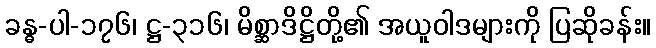
ခန္ဓ-ပါ-၁၇၆၊ ဋ္ဌ-၃၁၆၊ မိစ္ဆာဒိဋ္ဌိတို့၏ အယူဝါဒများကို ပြဆိုခန်း။